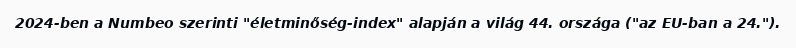
2024-ben a Numbeo szerinti "életminőség-index" alapján a világ 44. országa ("az EU-ban a 24.").